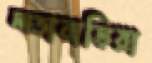
লতাবাড়িয়া